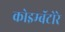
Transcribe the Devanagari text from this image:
कोइम्बॅटोरे